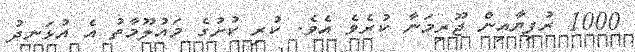
1000 ރުފިޔާއިން ޖޫރިމަނާ ކުރެވެ އެވެ. ކުރި ކުށުގެ މައުލޫމާތު އެ އުޅަނދު